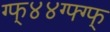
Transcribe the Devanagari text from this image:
ग्फ्४४ग्फ्ग्फ्